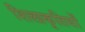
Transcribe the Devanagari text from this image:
शिलाकृतियों